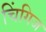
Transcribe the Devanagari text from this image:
चिंगिज